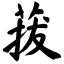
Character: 菝